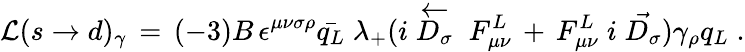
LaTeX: {\cal{L}}(s\rightarrow d)_{\gamma}\, =\, (-3)B\, \epsilon^{\mu\nu\sigma\rho}\bar{q_{L}}\; \lambda_{+}(i\stackrel{\leftarrow}{D_{\sigma}}\; F_{\mu\nu}^{L}\, +\, F_{\mu\nu}^{L}\; i\stackrel{\rightarrow}{D_{\sigma}})\gamma_{\rho}q_{L}\; .